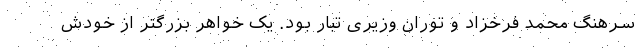
سرهنگ محمد فرخزاد و توران وزیری تبار بود. یک خواهر بزرگتر از خودش